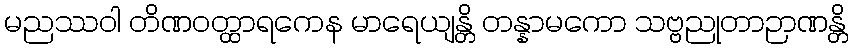
မညဿဝါ တိဏဝတ္ထာရကေန မာရေယျန္တိ တန္နာမကော သဗ္ဗညုတာဉာဏန္တိ